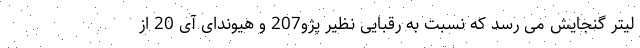
لیتر گنجایش می رسد که نسبت به رقبایی نظیر پژو207 و هیوندای آی 20 از